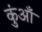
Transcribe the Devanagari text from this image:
कुंआँ